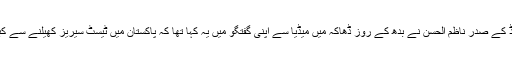
بنگلہ دیش کرکٹ بورڈ کے صدر ناظم الحسن نے بدھ کے روز ڈھاکہ میں میڈیا سے اپنی گفتگو میں یہ کہا تھا کہ پاکستان میں ٹیسٹ سیریز کھیلنے سے کبھی انکار نہیں کیا گیا۔